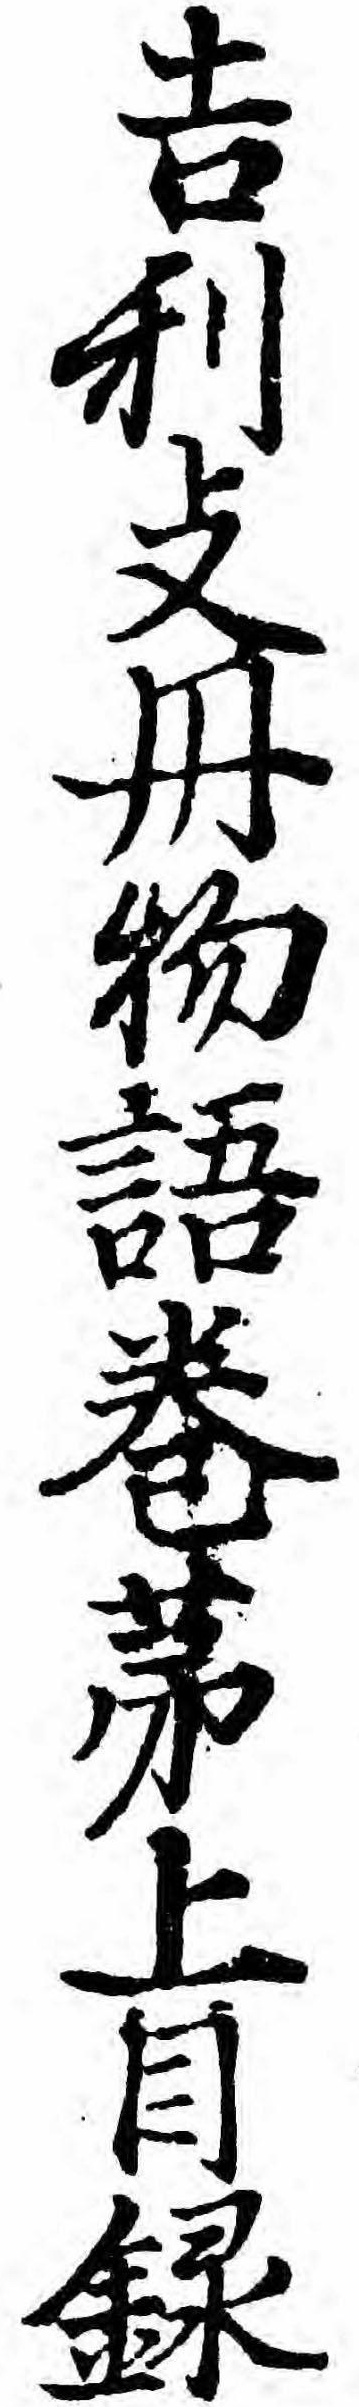
吉利支丹物語巻第上目録